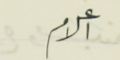
اعلام